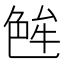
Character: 𬜝